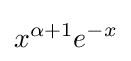
x^{\alpha +1}e^{-x}